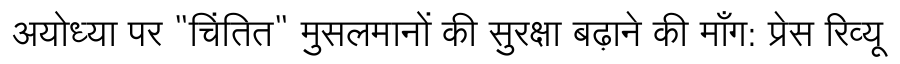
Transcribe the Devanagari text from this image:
अयोध्या पर "चिंतित" मुसलमानों की सुरक्षा बढ़ाने की माँग: प्रेस रिव्यू